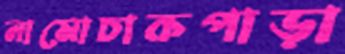
নামোচাকপাড়া